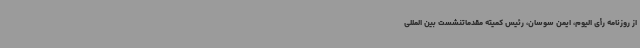
از روزنامه رأی الیوم، ایمن سوسان، رئیس کمیته مقدماتنشست بین المللی